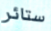
ستائر